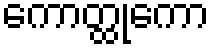
ကောတ္ထုကော